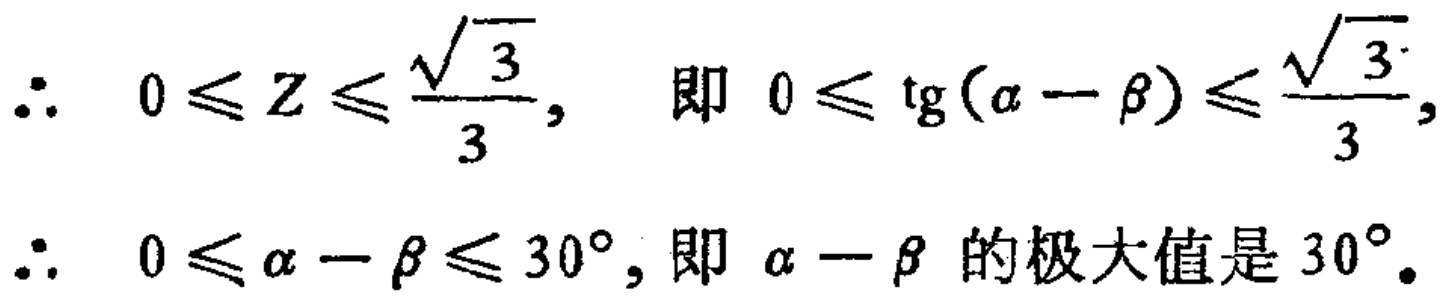
\(\therefore\ 0\leqslant Z\leqslant\frac{\sqrt{3}}{3},\ 即\ 0\leqslant \text{tg}(\alpha - \beta)\leqslant\frac{\sqrt{3}}{3},\)

\(\therefore\ 0\leqslant \alpha - \beta\leqslant 30^{\circ},即\ \alpha - \beta\ 的极大值是\ 30^{\circ}。\)